Trukikaitis_Postimees, lk 20
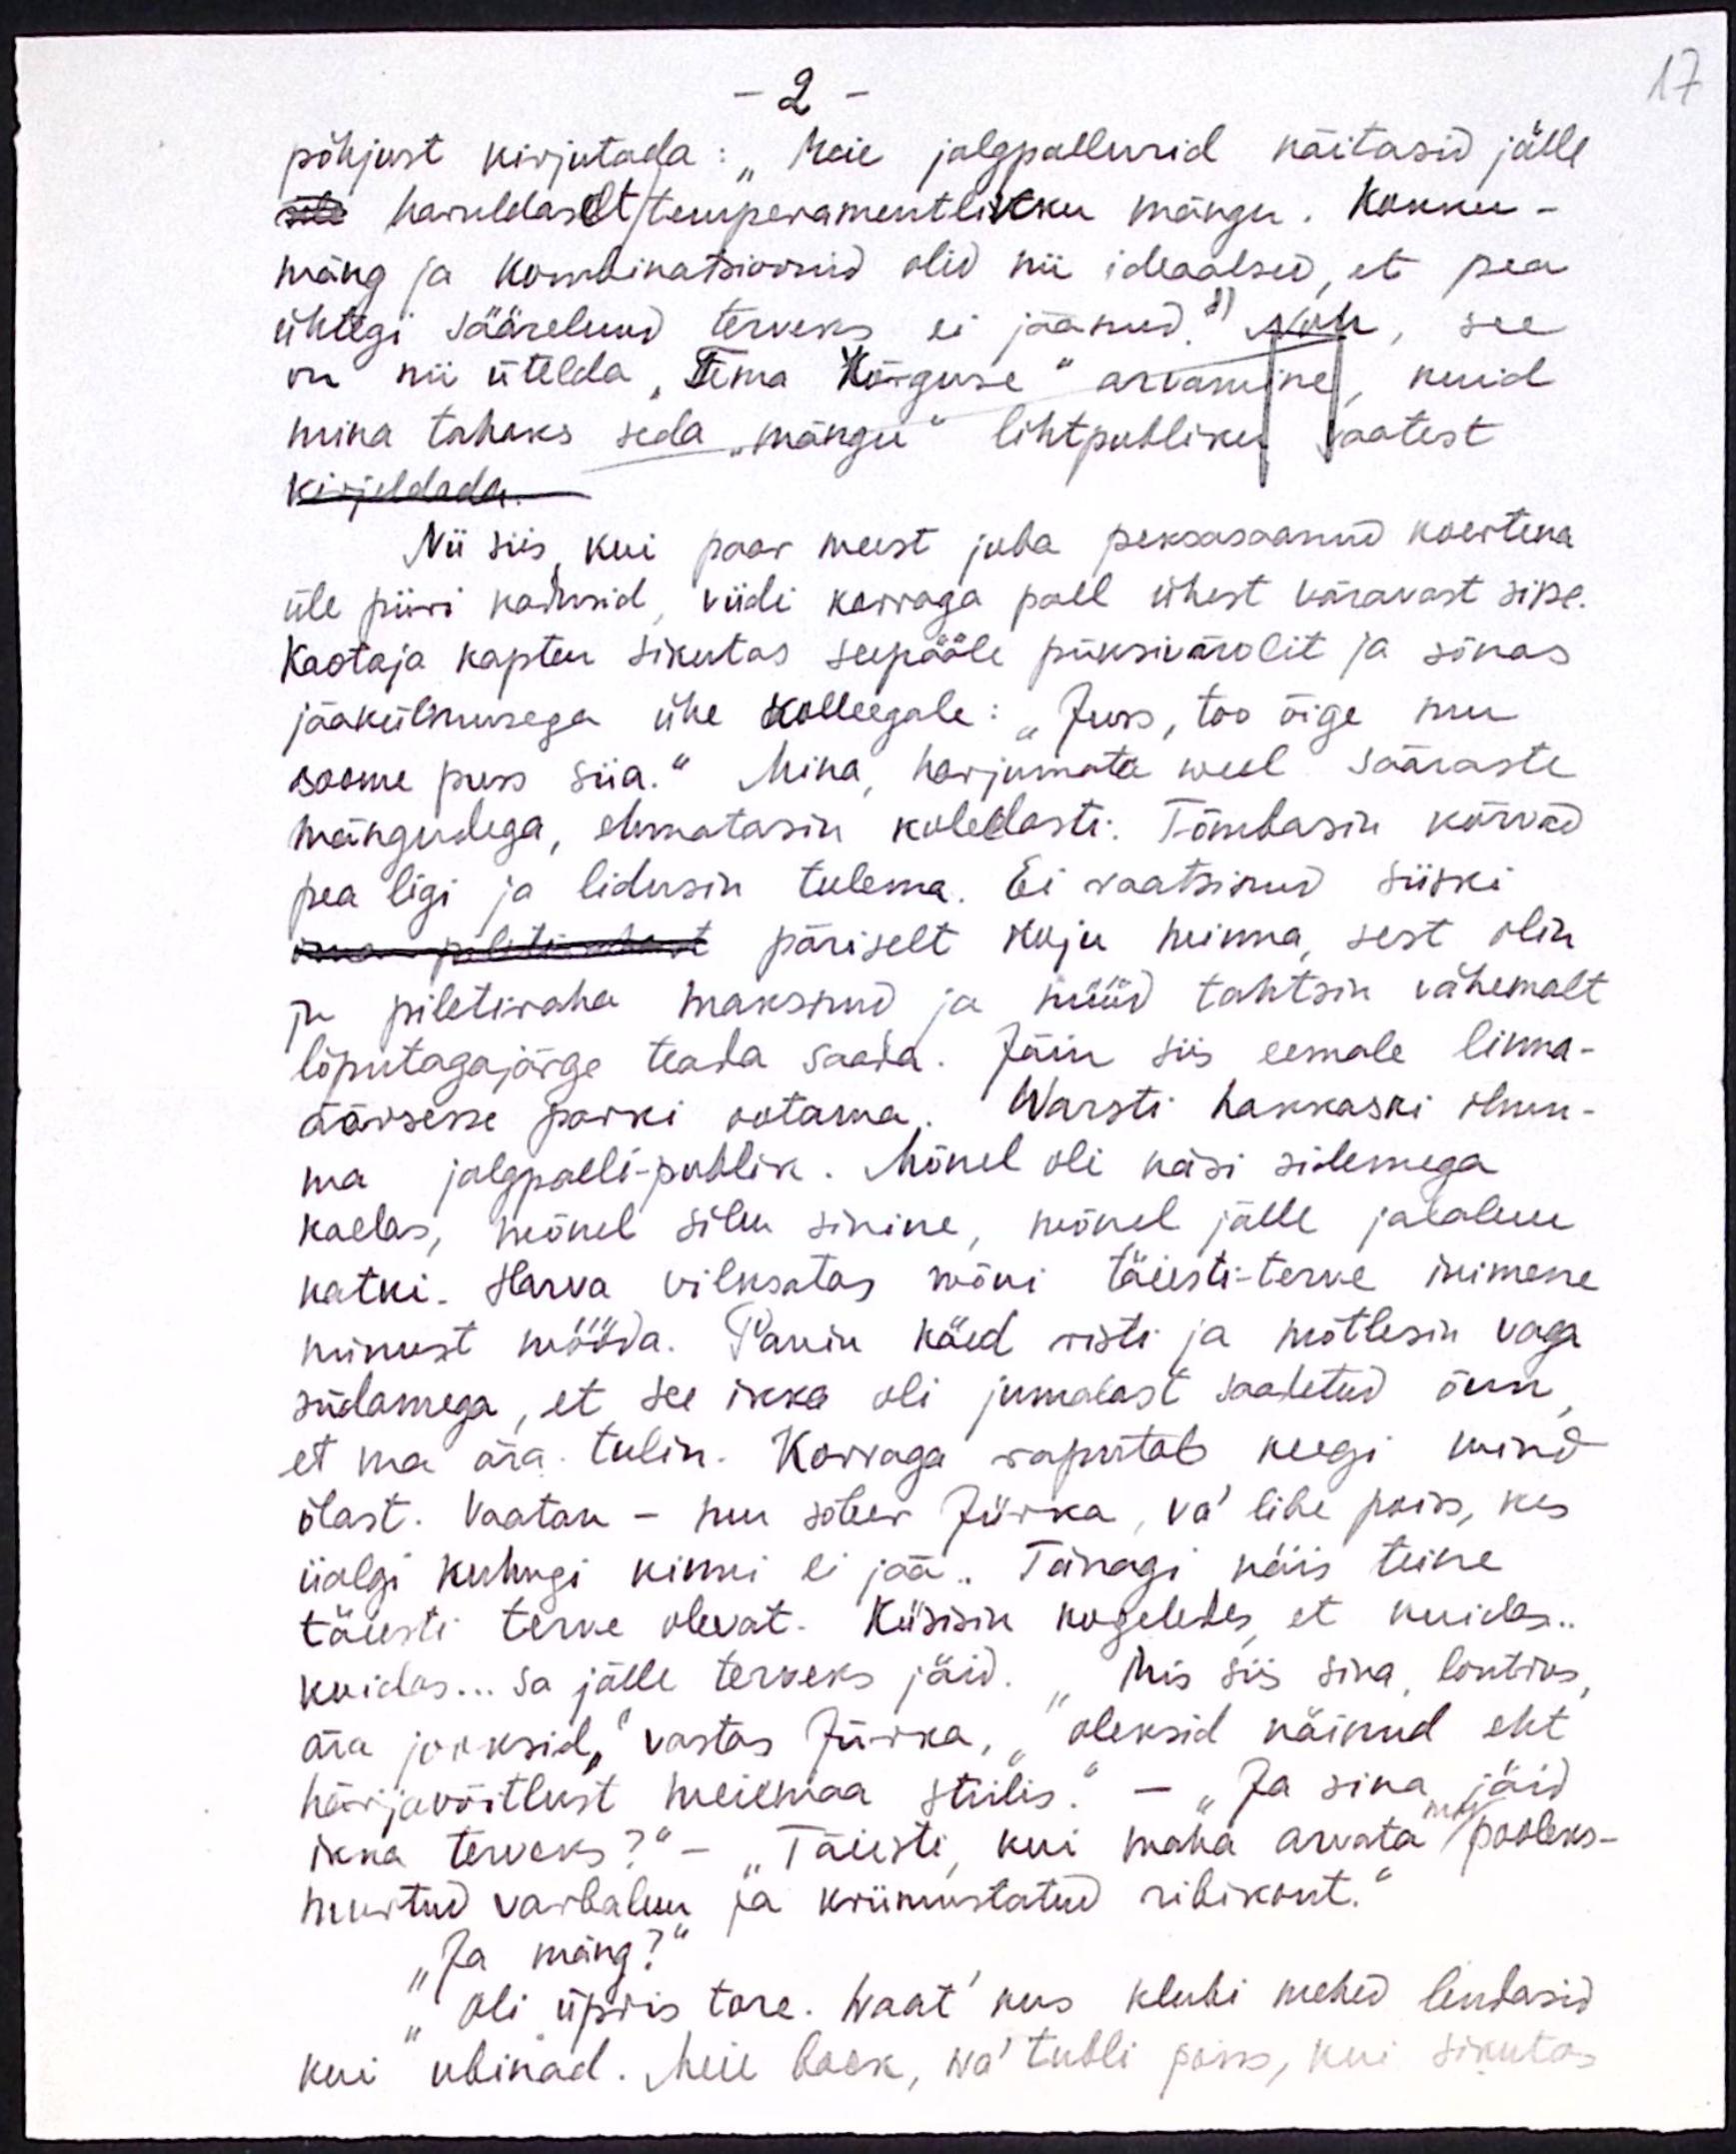
17

- 2
põhjust kirjutada: "Meie jalgpallurid näitasid jälle
sti haruldaselt/temperamentlikku mängu. Kokku-
mäng ja kombinatsioonid olid nii ideaalsed, et pea
ühtegi sääreluud terveks ei jäänud." Noh, see
on nii ütelda "Tema Kõrguse" arvamine, kuid
mina tahaks seda "mängu" lihtpubliku vaatest
kirjeldada.
Nii siis, kui paar meest juba peksasaanud koertena
üle piiri kadusid, viidi korraga pall ühest väravast sisse.
Kaotaja kapten sikutas seepääle püksivärvlit ja sõnas
jääkülmusega ühe kolleegale: "Juss, too õige mu
soome puss siia." Mina harjumata weel sääraste
mängudega, ehmatasin koledasti. Tõmbasin kõrvad
pea ligi ja lidusin tulema. Ei raatsinud siiski
oma piletirahast päriselt koju minna, sest olin
ju piletiraha maksnud ja nüüd tahtsin vähemalt
lõputagajärge teada saada. Jäin siis eemale linna-
äärsesse parki ootama. Warsti hakkaski ilmu-
ma jalgpalli-publik. Mõnel oli käsi sidemega
kaelas, mõnel silm sinine, nõnel jälle jalaluu
katki. Harva vilksatas mõni täiesti-terve inimene
minust mööda. Panin käed risti ja mõtlesin vaga
südamega, et see ikka oli jumalast saadetud õnn
et ma ära tulin. Korraga raputab keegi mind
õlast. Vaatan - mu sõber Jürka, va' libe poiss, kes
iialgi kuhugi kinni ei jää. Tänagi näis teine
täiesti terve olevat. Küsisin kogeledes, et kuidas..
kuidas... Sa jälle terveks jäid. "Mis siis sina, lontrus,
ära jooksid," vastas Jürka, "oleksid näinud eht
härjavõitlust meiemaa stiilis." - "Ja sina jäid
mu
ikka terveks?" - "Täiesti, kui maha arvata pooleks-
murtud varbaluu ja kriimustatud ribikont."
"Ja mäng?"
"Oli üppis tore. Waat' kus klubi mehed lendasid
kui ubinad. Meie back, wa' tubli poiss, kui sikutas